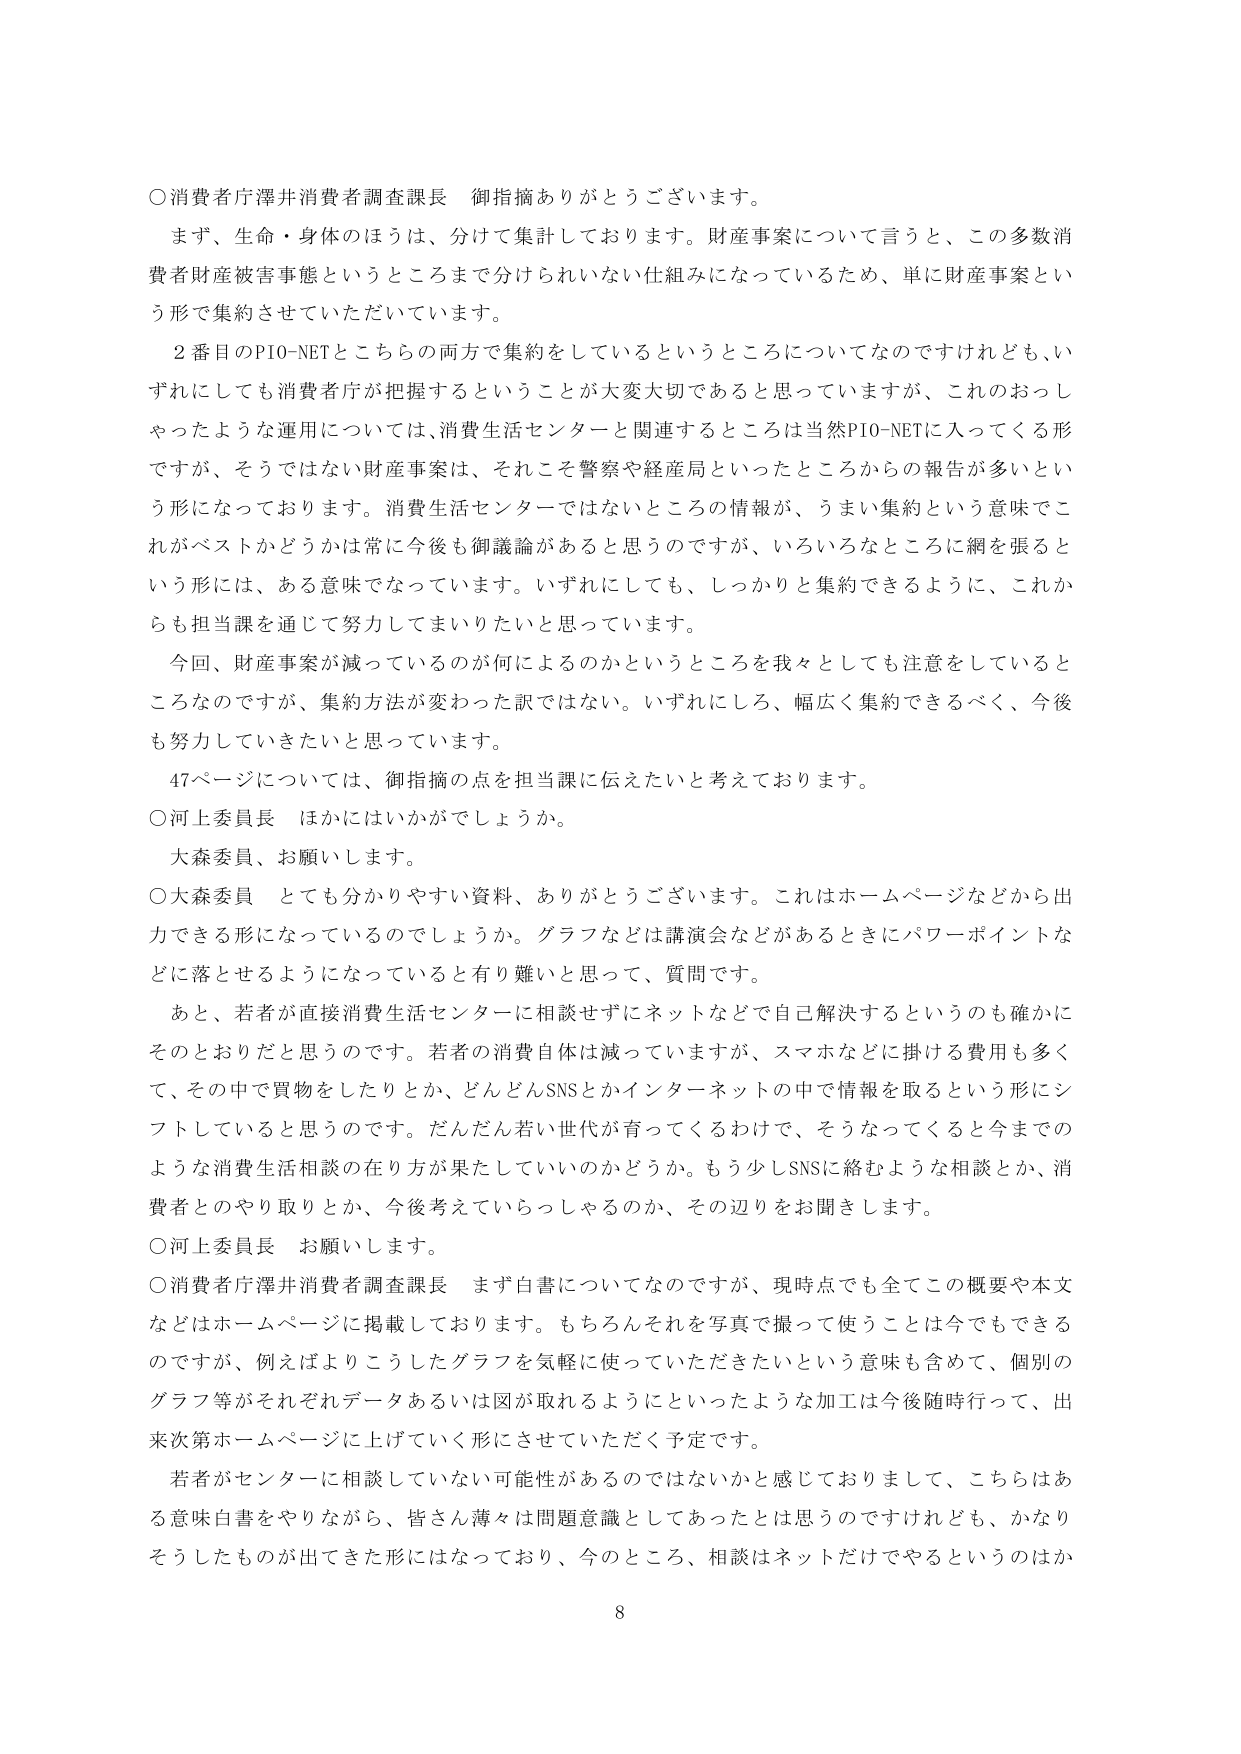
○消費者庁澤井消費者調査課長 御指摘ありがとうございます。

まず、生命・身体のほうは、分けて集計しております。財産事案について言うと、この多数消費者財産被害事態というところまで分けられない仕組みになっているため、単に財産事案という形で集約させていただいています。

２番目のPIO-NETとこちらの両方で集約をしているというところについてなのですが、いずれにしても消費者庁が把握するということが大変大切であると思っていますが、これのおっしゃったような運用については、消費生活センターと関連するところは当然PIO-NETに入ってくる形ですが、そうではない財産事案は、それこそ警察や経産局といったところからの報告が多いという形になっております。消費生活センターではないところの情報が、うまい集約という意味でこれがベストかどうかは常に今後も御議論があると思うのですが、いろいろなところに網を張るという形には、ある意味でなっています。いずれにしても、しっかりと集約できるように、これからも担当課を通じて努力してまいりたいと思っています。

今回、財産事案が減っているのが何によるのかというところを我々としても注意しているところなのですが、集約方法が変わった訳ではない。いずれにしろ、幅広く集約できるべく、今後も努力していきたいと思っています。

47ページについては、御指摘の点を担当課に伝えたいと考えております。

○河上委員長 ほかにはいかがでしょうか。

大森委員、お願いします。

○大森委員 とても分かりやすい資料、ありがとうございます。これはホームページなどから出力できる形になっているのでしょうか。グラフなどは講演会などがあるときにパワーポイントなどに落とせるようになっていると有り難いと思って、質問です。

あと、若者が直接消費生活センターに相談せずにネットなどで自己解決するというのも確かにそのとおりだと思うのです。若者の消費自体は減っていますが、スマホなどに掛ける費用も多くて、その中で買物をしたりとか、どんどんSNSとかインターネットの中で情報を取るという形にシフトしていると思うのです。だんだん若く世代が育ってくるわけで、そうなってくると今までのような消費生活相談の在り方が果たしていいのかどうか。もう少しSNSに絡むような相談とか、消費者とのやり取りとか、今後考えていらっしゃるのか、その辺りをお聞きします。

○河上委員長 お願いします。

○消費者庁澤井消費者調査課長 まず白書についてなのですが、現時点でも全てこの概要や本文などはホームページに掲載しております。もちろんそれを写真で撮って使うことは今でもできるのですが、例えばよりこうしたグラフを気軽に使っていただきたいという意味も含めて、個別のグラフ等がそれぞれデータあるいは図が取れるようにといったような加工は今後随時行って、出来次第ホームページに上げていく形にさせていただく予定です。

若者がセンターに相談していない可能性があるのではないかと感じておりまして、こちらはある意味白書をやりながら、皆さん薄々は問題意識としてあったとは思うのですけれども、かなりそうしたものが出た形にはなっており、今のところ、相談はネットだけでやるというのはか

8